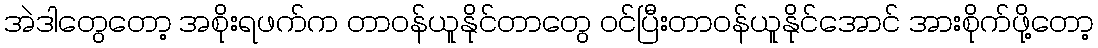
အဲဒါတွေတော့ အစိုးရဖက်က တာဝန်ယူနိုင်တာတွေ ဝင်ပြီးတာဝန်ယူနိုင်အောင် အားစိုက်ဖို့တော့